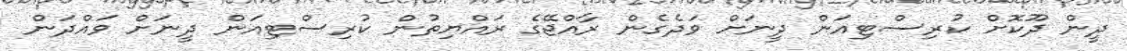
ދީން ދޫކޮށް ކުރިސްޓިއަން ދީނަށް ވަދެގެން ރާއްޖޭގެ ރައްޔިތުން ކުރިސްޓިއަން ދީނަށް ވައްދަން